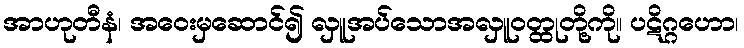
အာဟုတီနံ၊ အဝေးမှဆောင်၍ လှူအပ်သောအလှူဝတ္ထုတို့ကို။ ပဋိဂ္ဂဟော၊